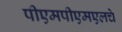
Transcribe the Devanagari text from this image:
पीएमपीएमएलचे